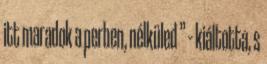
itt maradok a perben, nélküled ” – kiáltotta, s